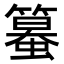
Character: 𥴵